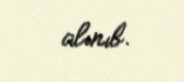
alınıb.